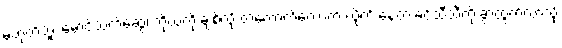
မဟုတ်ဘူး မောင်သက်ဆွေ၊ ကိုယ့်ကို ချစ်လို့ တကောက်ကောက် လိုက် နေတဲ့ ခင်သီသီကို ခွာထွက်လာလို့